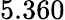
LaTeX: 5.360